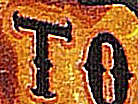
TO